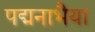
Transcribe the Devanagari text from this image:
पद्मनाभैया